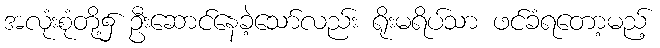
အလုံးစုံတို့၌ ဦးဆောင်နေခဲ့သော်လည်း ရိုးမရိပ်သာ ဖင်ခံရတော့မည့်